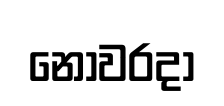
නොවරදා